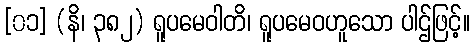
[၀၁] (နိ၊ ၃၈၂) ရူပမေဝါတိ၊ ရူပမေဝဟူသော ပါဌ်ဖြင့်။